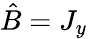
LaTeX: {\hat{B}}=J_{y}